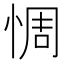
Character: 惆